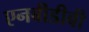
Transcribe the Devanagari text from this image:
एनबीडीबी